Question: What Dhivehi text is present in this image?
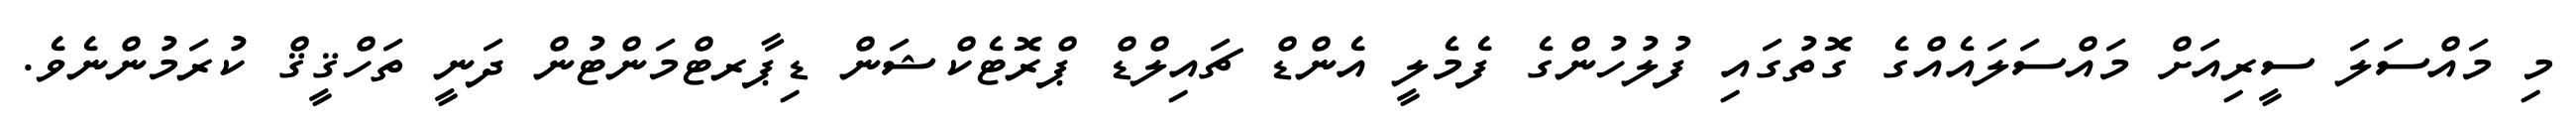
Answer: މި މައްސަލަ ސީރިއަށް މައްސަލައެއްގެ ގޮތުގައި ފުލުހުންގެ ފެމެލީ އެންޑް ޗައިލްޑް ޕްރޮޓެކްޝަން ޑިޕާރޓްމަންޓުން ދަނީ ތަހްޤީޤް ކުރަމުންނެވެ.